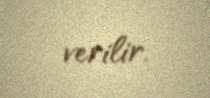
verilir.